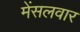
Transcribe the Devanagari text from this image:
मेंसलवार